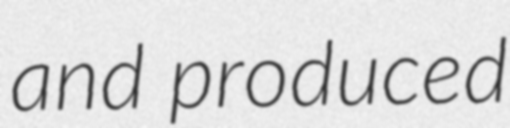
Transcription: and produced